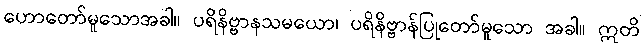
ဟောတော်မူသောအခါ။ ပရိနိဗ္ဗာနသမယော၊ ပရိနိဗ္ဗာန်ပြုတော်မူသော အခါ။ ဣတိ